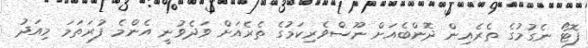
ފޮޓޯ ނެގުމުގެ ތެރެއިން ދޮންބެއަށް ނޫސްވެރިކަމުގެ ތެރެއަށް ވަދެވުނީ އެންމެ ފުރަތަމަ މިއަދު